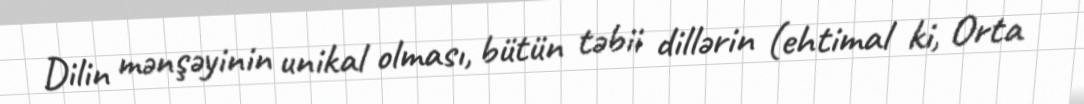
Dilin mənşəyinin unikal olması, bütün təbii dillərin (ehtimal ki, Orta